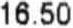
16.50